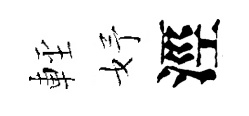
䡖妤涇